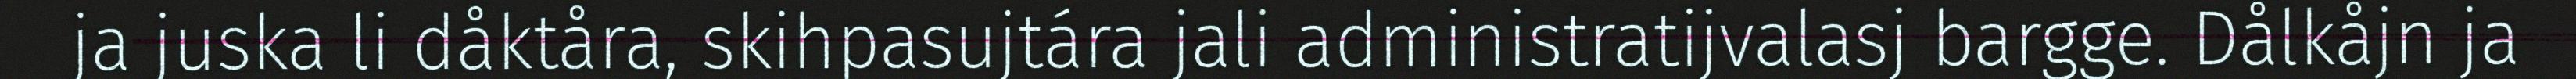
ja juska li dåktåra, skihpasujtára jali administratijvalasj bargge. Dålkåjn ja